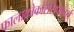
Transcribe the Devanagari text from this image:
फालाक्रोकोरैसिफॉर्म्स